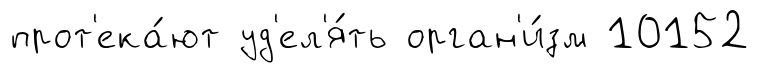
прот'ека́ют уд'ел'я́ть орган'и́зм 10152